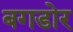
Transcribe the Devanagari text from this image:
बगडोर